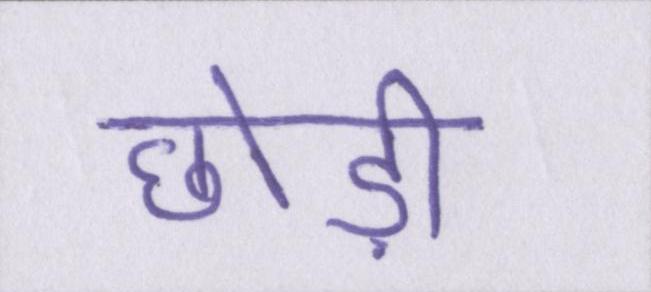
छोड़ी